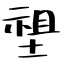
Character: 𡏄